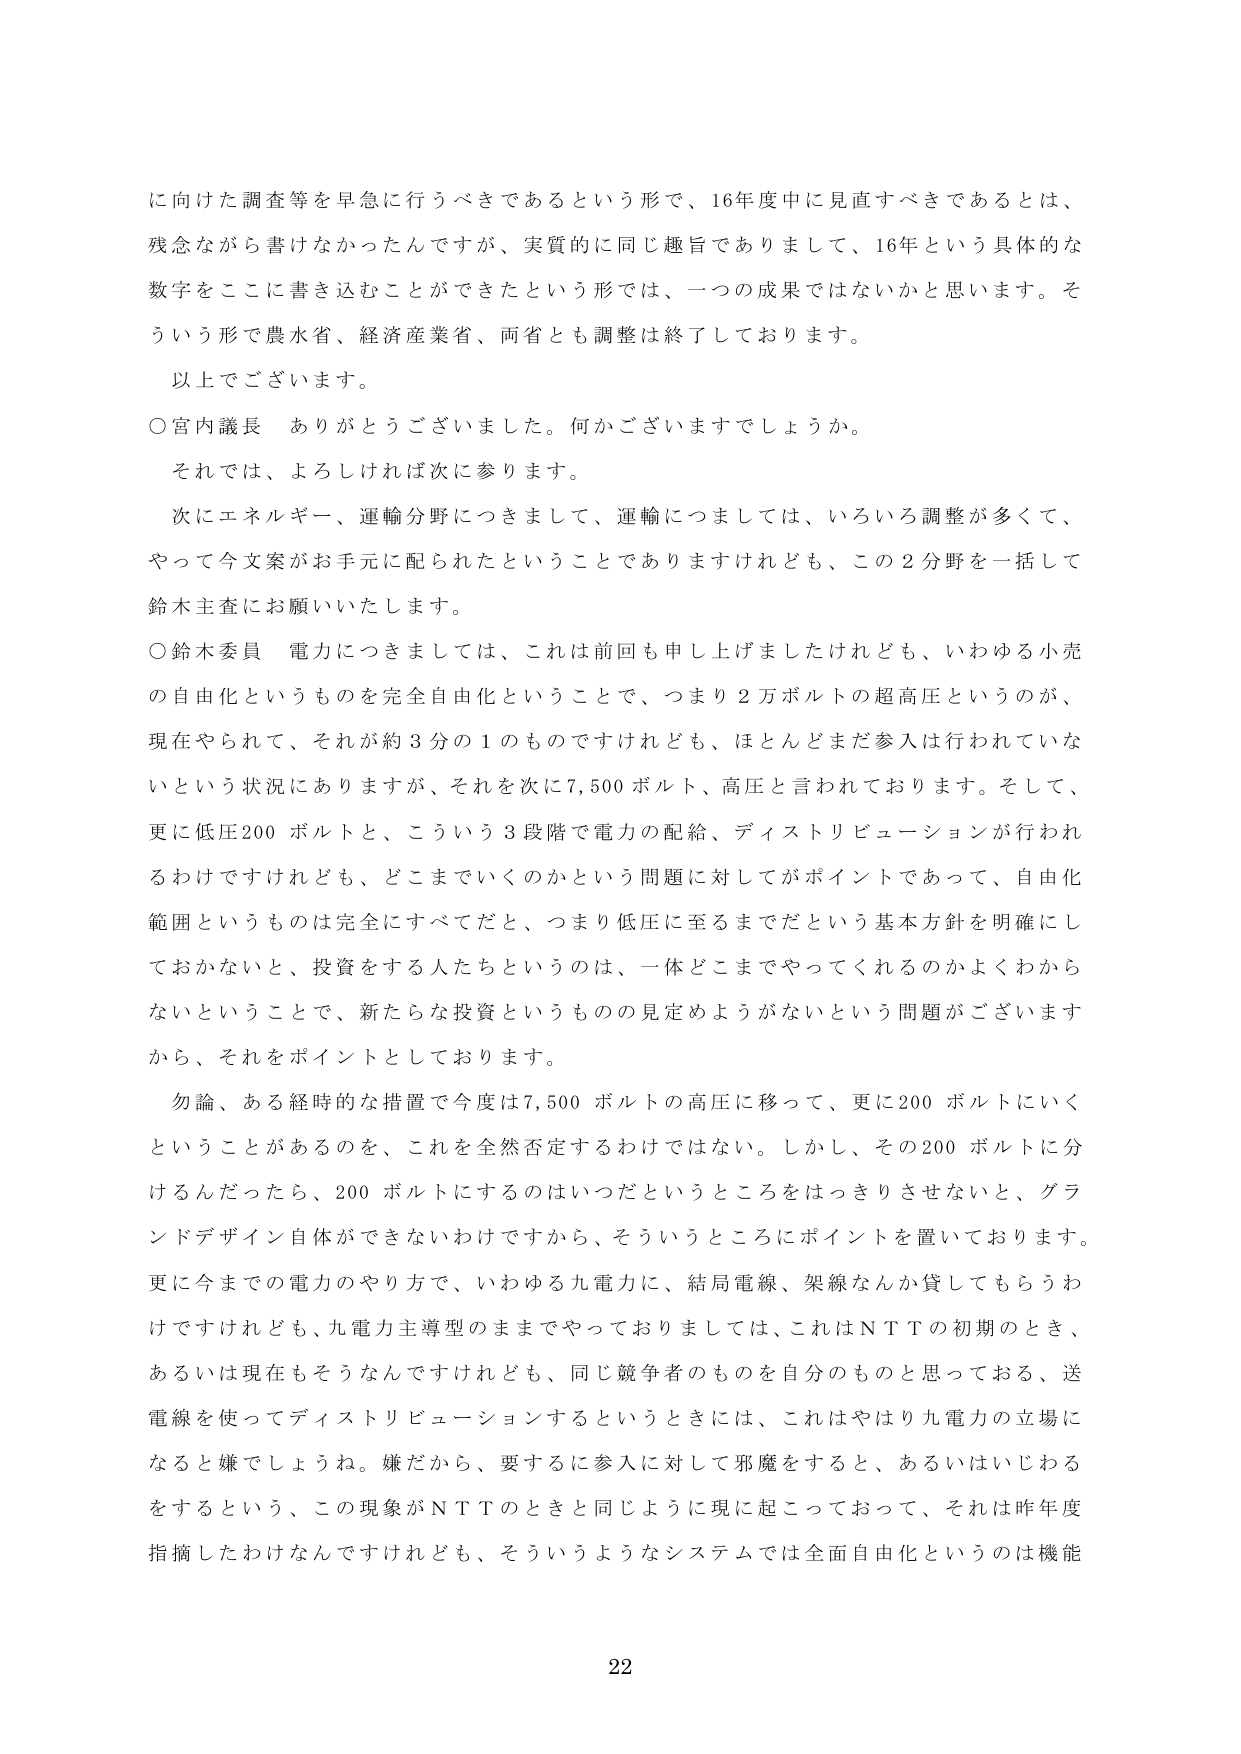
に向けた調査等を早急に行うべきであるという形で、16年度中に見直すべきであるとは、
残念ながら書けなかったんですが、実質的に同じ趣旨でありまして、16年という具体的な
数字をここに書き込むことができたという形では、一つの成果ではないかと思います。そ
ういう形で農水省、経済産業省、両省とも調整は終了しております。

以上でございます。

○宮内議長　ありがとうございました。何かございますでしょうか。
それでは、よろしければ次に参ります。

次にエネルギー、運輸分野につきまして、運輸につましては、いろいろ調整が多くて、
やって今文案がお手元に配られたということではありますが、この2分野を一括して
鈴木主査にお願いいたします。

○鈴木委員　電力につきましては、これは前回も申し上げましたけれども、いわゆる小売
の自由化というものを完全自由化ということで、つまり2万ボルトの超高圧というのが、
現在やられて、それが約3分の1のものですけれども、ほとんどまだ参入は行われていな
いという状況にありますが、それを次に7,500ボルト、高圧と言われております。そして、
更に低圧200ボルトと、こういう3段階で電力の配給、ディストリビューションが行われ
るわけですがけれども、どこまでいくのかという問題に対してがポイントであって、自由化
範囲というものは完全にすべてだと、つまり低圧に至るまでだという基本方針を明確にし
ておかないと、投資をする人たちというのは、一体どこまでやってくれるのかよくわから
ないということで、新たなる投資というものの見定めようがないという問題がございます
から、それをポイントとしております。

勿論、ある経時的な措置で今度は7,500ボルトの高圧に移って、更に200ボルトにいく
ということがあるのを、これを全然否定するわけではない。しかし、その200ボルトに分
けるんだったら、200ボルトにするのはいつだというところをはっきりさせないと、グラン
ドデザイン自体ができないわけですから、そういうところにポイントを置いております。
更に今までの電力のやり方で、いわゆる九電力に、結局電線、架線なんか貸してもらうわ
けですけれども、九電力主導型のままでやっておりましては、これはNTTの初期のとき、
あるいは現在もそうなんですけれども、同じ競争者のものを自分のものと思っておる、送
電線を使ってディストリビューションするというときには、これはやはり九電力の立場に
なると嫌でしょうね。嫌だから、要するに参入に対して邪魔をすると、あるいはいじわる
をするという、この現象がNTTのときと同じように現に起こっておって、それは昨年度
指摘したわけなんですけれども、そういうようなシステムでは全面自由化というのは機能

22